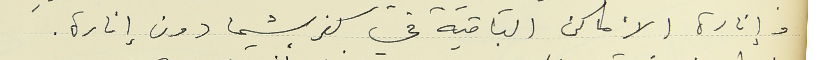
وإنارة الأماكن الباقية في كفرشيما دون إنارة.